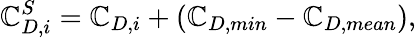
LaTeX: \mathbb{C}_{D,i}^{S}=\mathbb{C}_{D,i}+(\mathbb{C}_{D,min}-\mathbb{C}_{D,mean}),